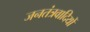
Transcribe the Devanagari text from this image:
जनतंत्रवादियों